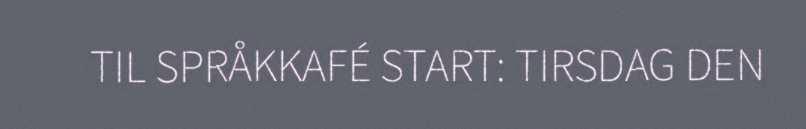
TIL SPRÅKKAFÉ START: TIRSDAG DEN